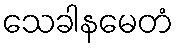
သေခါနမေတံ